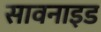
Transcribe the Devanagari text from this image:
सावनाइड